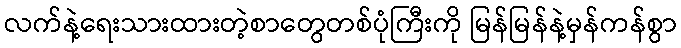
လက်နဲ့ရေးသားထားတဲ့စာတွေတစ်ပုံကြီးကို မြန်မြန်နဲ့မှန်ကန်စွာ